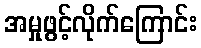
အမှုဖွင့်လိုက်ကြောင်း